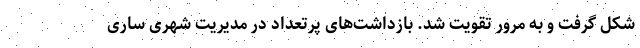
شکل گرفت و به مرور تقویت شد. بازداشت‌های پرتعداد در مدیریت شهری ساری